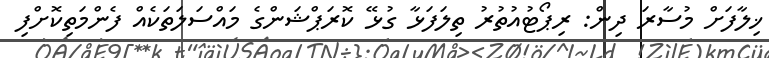
ޚިލާފަށް މުސާރަ ދިން: ރިޕޯޓުއުތުރު ތިލަފަޅާ ގުޅޭ ކޮރަޕްޝަންގެ މައްސަލަތަކެއް ފެންމަތިކޮށްފި